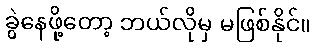
ခွဲနေဖို့တော့ ဘယ်လိုမှ မဖြစ်နိုင်။